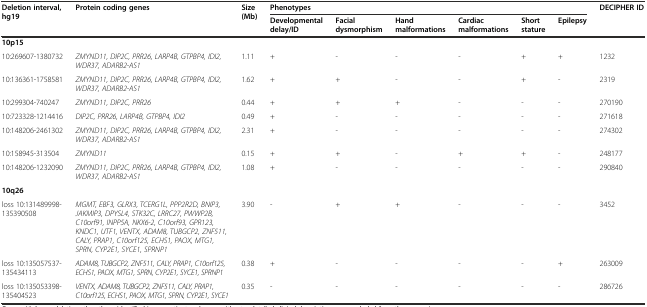
<table><thead><tr><td rowspan="2"><b>Deletion interval, hg19</b></td><td rowspan="2"><b>Protein coding genes</b></td><td rowspan="2"><b>Size (Mb)</b></td><td colspan="6"><b>Phenotypes</b></td><td rowspan="2"><b>DECIPHER ID</b></td></tr><tr><td><b>Developmental delay/ID</b></td><td><b>Facial dysmorphism</b></td><td><b>Hand malformations</b></td><td><b>Cardiac malformations</b></td><td><b>Short stature</b></td><td><b>Epilepsy</b></td></tr></thead><tbody><tr><td colspan="10"><b>10p15</b></td></tr><tr><td>10:269607-1380732</td><td><i>ZMYND11, DIP2C, PRR26, LARP4B, GTPBP4, IDI2, WDR37, ADARB2-AS1</i></td><td>1.11</td><td>+</td><td>-</td><td>-</td><td>-</td><td>+</td><td>+</td><td>1232</td></tr><tr><td>10:136361-1758581</td><td><i>ZMYND11, DIP2C, PRR26, LARP4B, GTPBP4, IDI2, WDR37, ADARB2-AS1</i></td><td>1.62</td><td>+</td><td>+</td><td>-</td><td>-</td><td>+</td><td>-</td><td>2319</td></tr><tr><td>10:299304-740247</td><td><i>ZMYND11, DIP2C, PRR26</i></td><td>0.44</td><td>+</td><td>+</td><td>+</td><td>-</td><td>-</td><td>-</td><td>270190</td></tr><tr><td>10:723328-1214416</td><td><i>DIP2C, PRR26, LARP4B, GTPBP4, IDI2</i></td><td>0.49</td><td>+</td><td>-</td><td>-</td><td>-</td><td>-</td><td>-</td><td>271618</td></tr><tr><td>10:148206-2461302</td><td><i>ZMYND11, DIP2C, PRR26, LARP4B, GTPBP4, IDI2, WDR37, ADARB2-AS1</i></td><td>2.31</td><td>+</td><td>-</td><td>-</td><td>-</td><td>-</td><td>-</td><td>274302</td></tr><tr><td>10:158945-313504</td><td><i>ZMYND11</i></td><td>0.15</td><td>+</td><td>+</td><td>-</td><td>+</td><td>+</td><td>-</td><td>248177</td></tr><tr><td>10:148206-1232090</td><td><i>ZMYND11, DIP2C, PRR26, LARP4B, GTPBP4, IDI2, WDR37, ADARB2-AS1</i></td><td>1.08</td><td>+</td><td>-</td><td>-</td><td>-</td><td>-</td><td>-</td><td>290840</td></tr><tr><td colspan="10"><b>10q26</b></td></tr><tr><td>loss 10:131489998-135390508</td><td><i>MGMT, EBF3, GLRX3, TCERG1L, PPP2R2D, BNIP3, JAKMIP3, DPYSL4, STK32C, LRRC27, PWWP2B, C10orf91, INPP5A, NKX6-2, C10orf93, GPR123, KNDC1, UTF1, VENTX, ADAM8, TUBGCP2, ZNF511, CALY, PRAP1, C10orf125, ECHS1, PAOX, MTG1, SPRN, CYP2E1, SYCE1, SPRNP1</i></td><td>3.90</td><td>-</td><td>+</td><td>+</td><td>-</td><td>-</td><td>-</td><td>3452</td></tr><tr><td>loss 10:135057537-135434113</td><td><i>ADAM8, TUBGCP2, ZNF511, CALY, PRAP1, C10orf125, ECHS1, PAOX, MTG1, SPRN, CYP2E1, SYCE1, SPRNP1</i></td><td>0.38</td><td>+</td><td>-</td><td>-</td><td>-</td><td>-</td><td>+</td><td>263009</td></tr><tr><td>loss 10:135053398-135404523</td><td><i>VENTX, ADAM8, TUBGCP2, ZNF511, CALY, PRAP1, C10orf125, ECHS1, PAOX, MTG1, SPRN, CYP2E1, SYCE1</i></td><td>0.35</td><td>-</td><td>-</td><td>-</td><td>-</td><td>-</td><td>-</td><td>286726</td></tr></tbody></table>